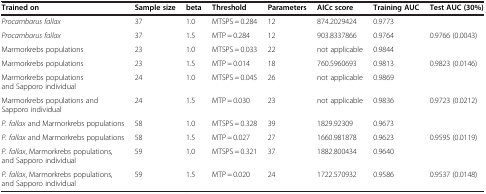
<table><thead><tr><td><b>Trained on</b></td><td><b>Sample size</b></td><td><b>beta</b></td><td><b>Threshold</b></td><td><b>Parameters</b></td><td><b>AICc score</b></td><td><b>Training AUC</b></td><td><b>Test AUC (30%)</b></td></tr></thead><tbody><tr><td><i>Procambarus fallax</i></td><td>37</td><td>1.0</td><td>MTSPS = 0.284</td><td>12</td><td>874.2029424</td><td>0.9773</td><td> </td></tr><tr><td><i>Procambarus fallax</i></td><td>37</td><td>1.5</td><td>MTP = 0.284</td><td>12</td><td>903.8337866</td><td>0.9764</td><td>0.9766 (0.0043)</td></tr><tr><td>Marmorkrebs populations</td><td>23</td><td>1.0</td><td>MTSPS = 0.033</td><td>22</td><td>not applicable</td><td>0.9844</td><td> </td></tr><tr><td>Marmorkrebs populations</td><td>23</td><td>1.5</td><td>MTP = 0.014</td><td>18</td><td>760.5960693</td><td>0.9813</td><td>0.9823 (0.0146)</td></tr><tr><td>Marmorkrebs populations and Sapporo individual</td><td>24</td><td>1.0</td><td>MTSPS = 0.045</td><td>26</td><td>not applicable</td><td>0.9869</td><td> </td></tr><tr><td>Marmorkrebs populations and Sapporo individual</td><td>24</td><td>1.5</td><td>MTP = 0.030</td><td>23</td><td>not applicable</td><td>0.9836</td><td>0.9723 (0.0212)</td></tr><tr><td><i>P. fallax</i> and Marmorkrebs populations</td><td>58</td><td>1.0</td><td>MTSPS = 0.328</td><td>39</td><td>1829.92309</td><td>0.9673</td><td> </td></tr><tr><td><i>P. fallax</i> and Marmorkrebs populations</td><td>58</td><td>1.5</td><td>MTP = 0.027</td><td>27</td><td>1660.981878</td><td>0.9623</td><td>0.9595 (0.0119)</td></tr><tr><td><i>P. fallax</i>, Marmorkrebs populations, and Sapporo individual</td><td>59</td><td>1.0</td><td>MTSPS = 0.321</td><td>37</td><td>1882.800434</td><td>0.9640</td><td> </td></tr><tr><td><i>P. fallax</i>, Marmorkrebs populations, and Sapporo individual</td><td>59</td><td>1.5</td><td>MTP = 0.020</td><td>24</td><td>1722.570932</td><td>0.9586</td><td>0.9537 (0.0148)</td></tr></tbody></table>